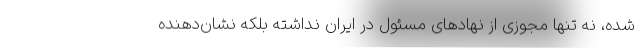
شده، نه تنها مجوزی از نهادهای مسئول در ایران نداشته بلکه نشان‌دهنده